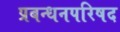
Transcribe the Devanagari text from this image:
प्रबन्धनपरिषद